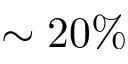
\sim 2 0 \%